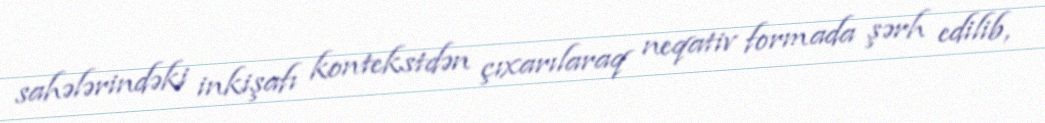
sahələrindəki inkişafı kontekstdən çıxarılaraq neqativ formada şərh edilib,